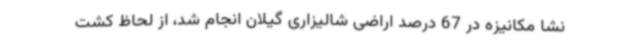
نشا مکانیزه در 67 درصد اراضی شالیزاری گیلان انجام شد، از لحاظ کشت